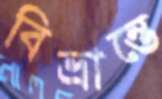
বিভ্রান্তে